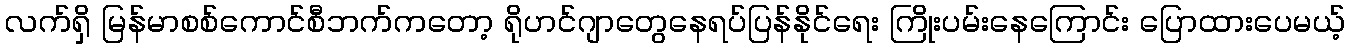
လက်ရှိ မြန်မာစစ်ကောင်စီဘက်ကတော့ ရိုဟင်ဂျာတွေနေရပ်ပြန်နိုင်ရေး ကြိုးပမ်းနေကြောင်း ပြောထားပေမယ့်